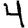
Digit: 4